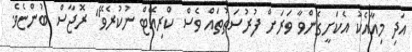
އަދި މިއާއެކު އެކަށީގެންވާ ވަރަށް ފުރުސަތުތައް ވެސް ކްރިއޭޓް ނުކުރެވޭ" ރޮޖާސް ބުންޏެވެ.